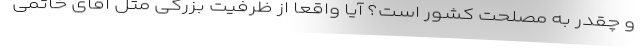
و چقدر به مصلحت کشور است؟ آیا واقعا از ظرفیت بزرگی مثل آقای خاتمی